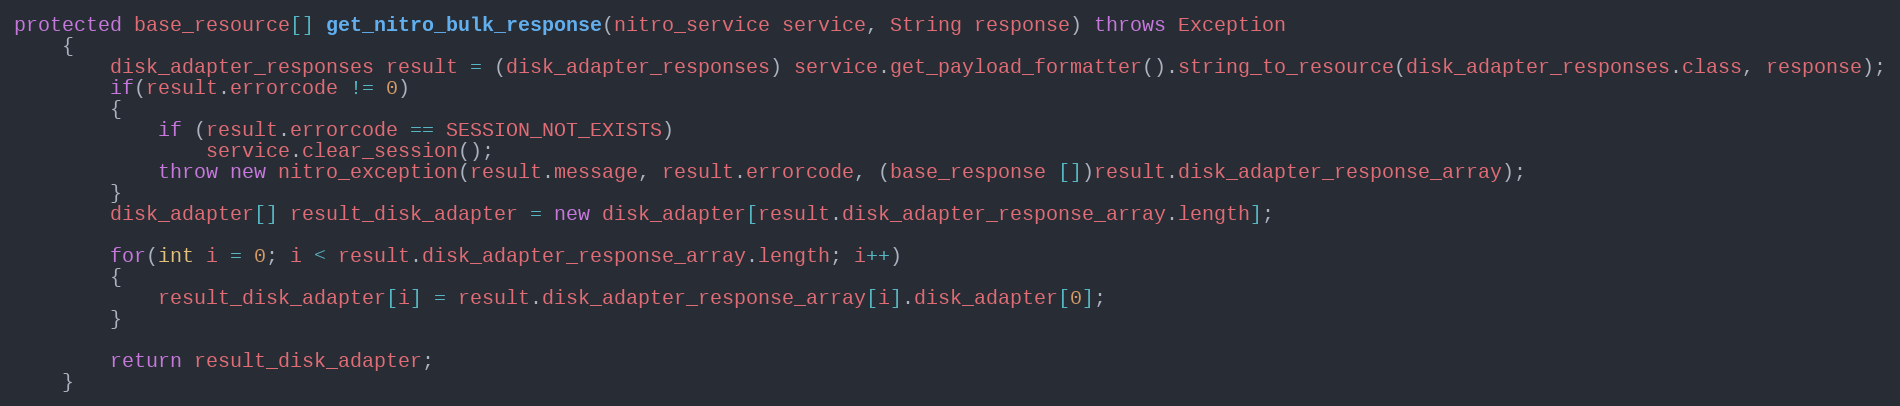
Language: Java
protected base_resource[] get_nitro_bulk_response(nitro_service service, String response) throws Exception
	{
		disk_adapter_responses result = (disk_adapter_responses) service.get_payload_formatter().string_to_resource(disk_adapter_responses.class, response);
		if(result.errorcode != 0)
		{
			if (result.errorcode == SESSION_NOT_EXISTS)
				service.clear_session();
			throw new nitro_exception(result.message, result.errorcode, (base_response [])result.disk_adapter_response_array);
		}
		disk_adapter[] result_disk_adapter = new disk_adapter[result.disk_adapter_response_array.length];

		for(int i = 0; i < result.disk_adapter_response_array.length; i++)
		{
			result_disk_adapter[i] = result.disk_adapter_response_array[i].disk_adapter[0];
		}

		return result_disk_adapter;
	}